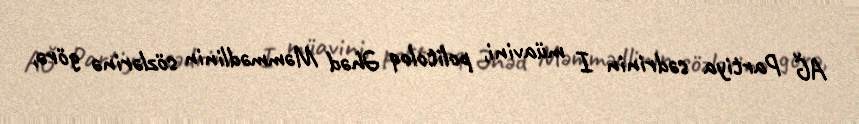
AĞ Partiya sədrinin I müavini, politoloq Əhəd Məmmədlinin sözlərinə görə,